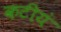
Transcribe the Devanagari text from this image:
कटीयं